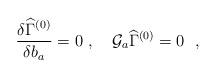
LaTeX: \begin{align*}{{\frac{\delta \widehat\Gamma^{(0)}}{\delta b_a}}}=0 \ ,\quad {\cal G}_a\widehat{\Gamma}^{(0)}=0~~,\end{align*}